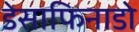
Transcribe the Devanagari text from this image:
डेसाफिनाडो